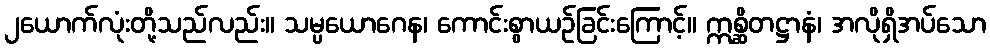
၂ယောက်လုံးတို့သည်လည်း။ သမ္ပယောဂေန၊ ကောင်းစွာယဉ်ခြင်းကြောင့်။ ဣစ္ဆိတဋ္ဌာနံ၊ အလိုရှိအပ်သော